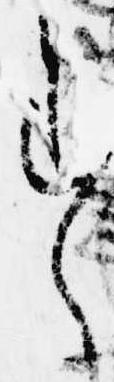
す